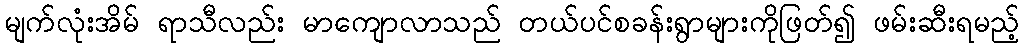
မျက်လုံးအိမ် ရာသီလည်း မာကျောလာသည် တယ်ပင်စခန်းရွာများကိုဖြတ်၍ ဖမ်းဆီးရမည့်